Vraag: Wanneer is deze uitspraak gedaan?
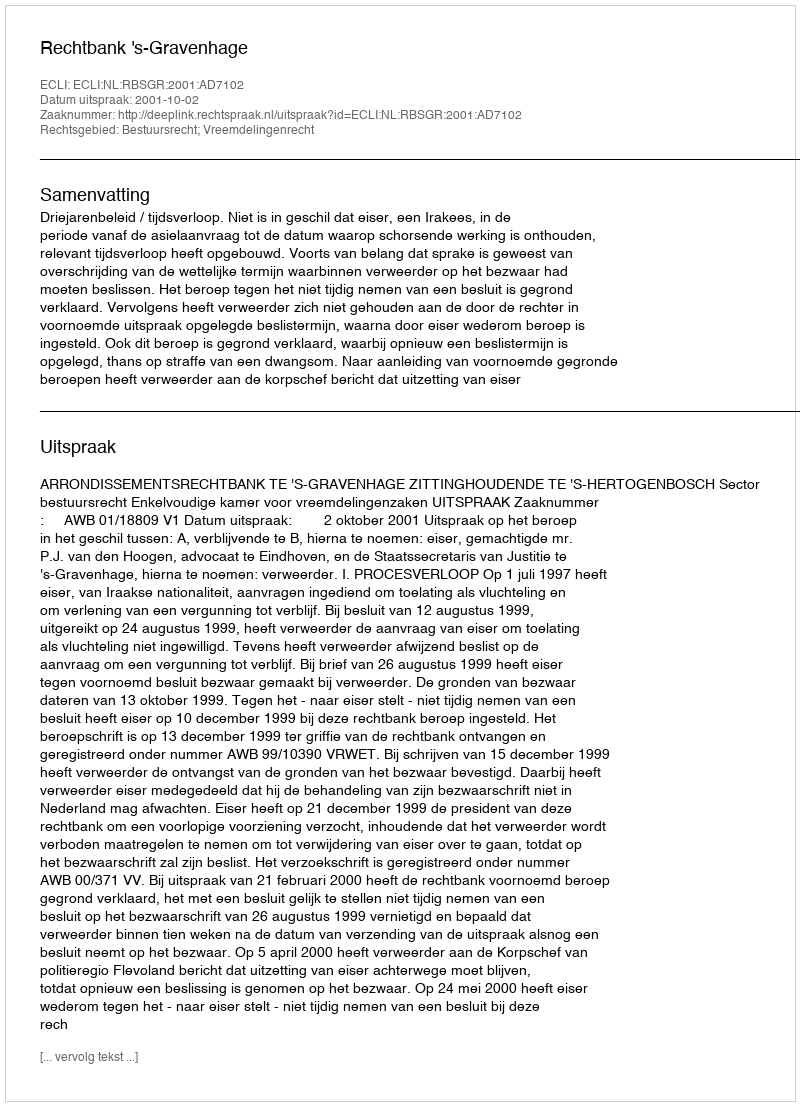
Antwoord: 2001-10-02